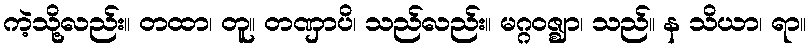
ကဲ့သို့လည်း။ တထာ၊ တူ။ တဏှာပိ၊ သည်လည်း။ မဂ္ဂဝဇ္ဈာ၊ သည်။ န သိယာ၊ ရာ။